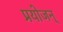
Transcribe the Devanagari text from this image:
प्रयोजन्